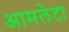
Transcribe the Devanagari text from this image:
आमलेटा